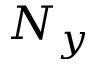
N _ { y }